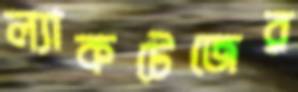
ল্যাকটেজের